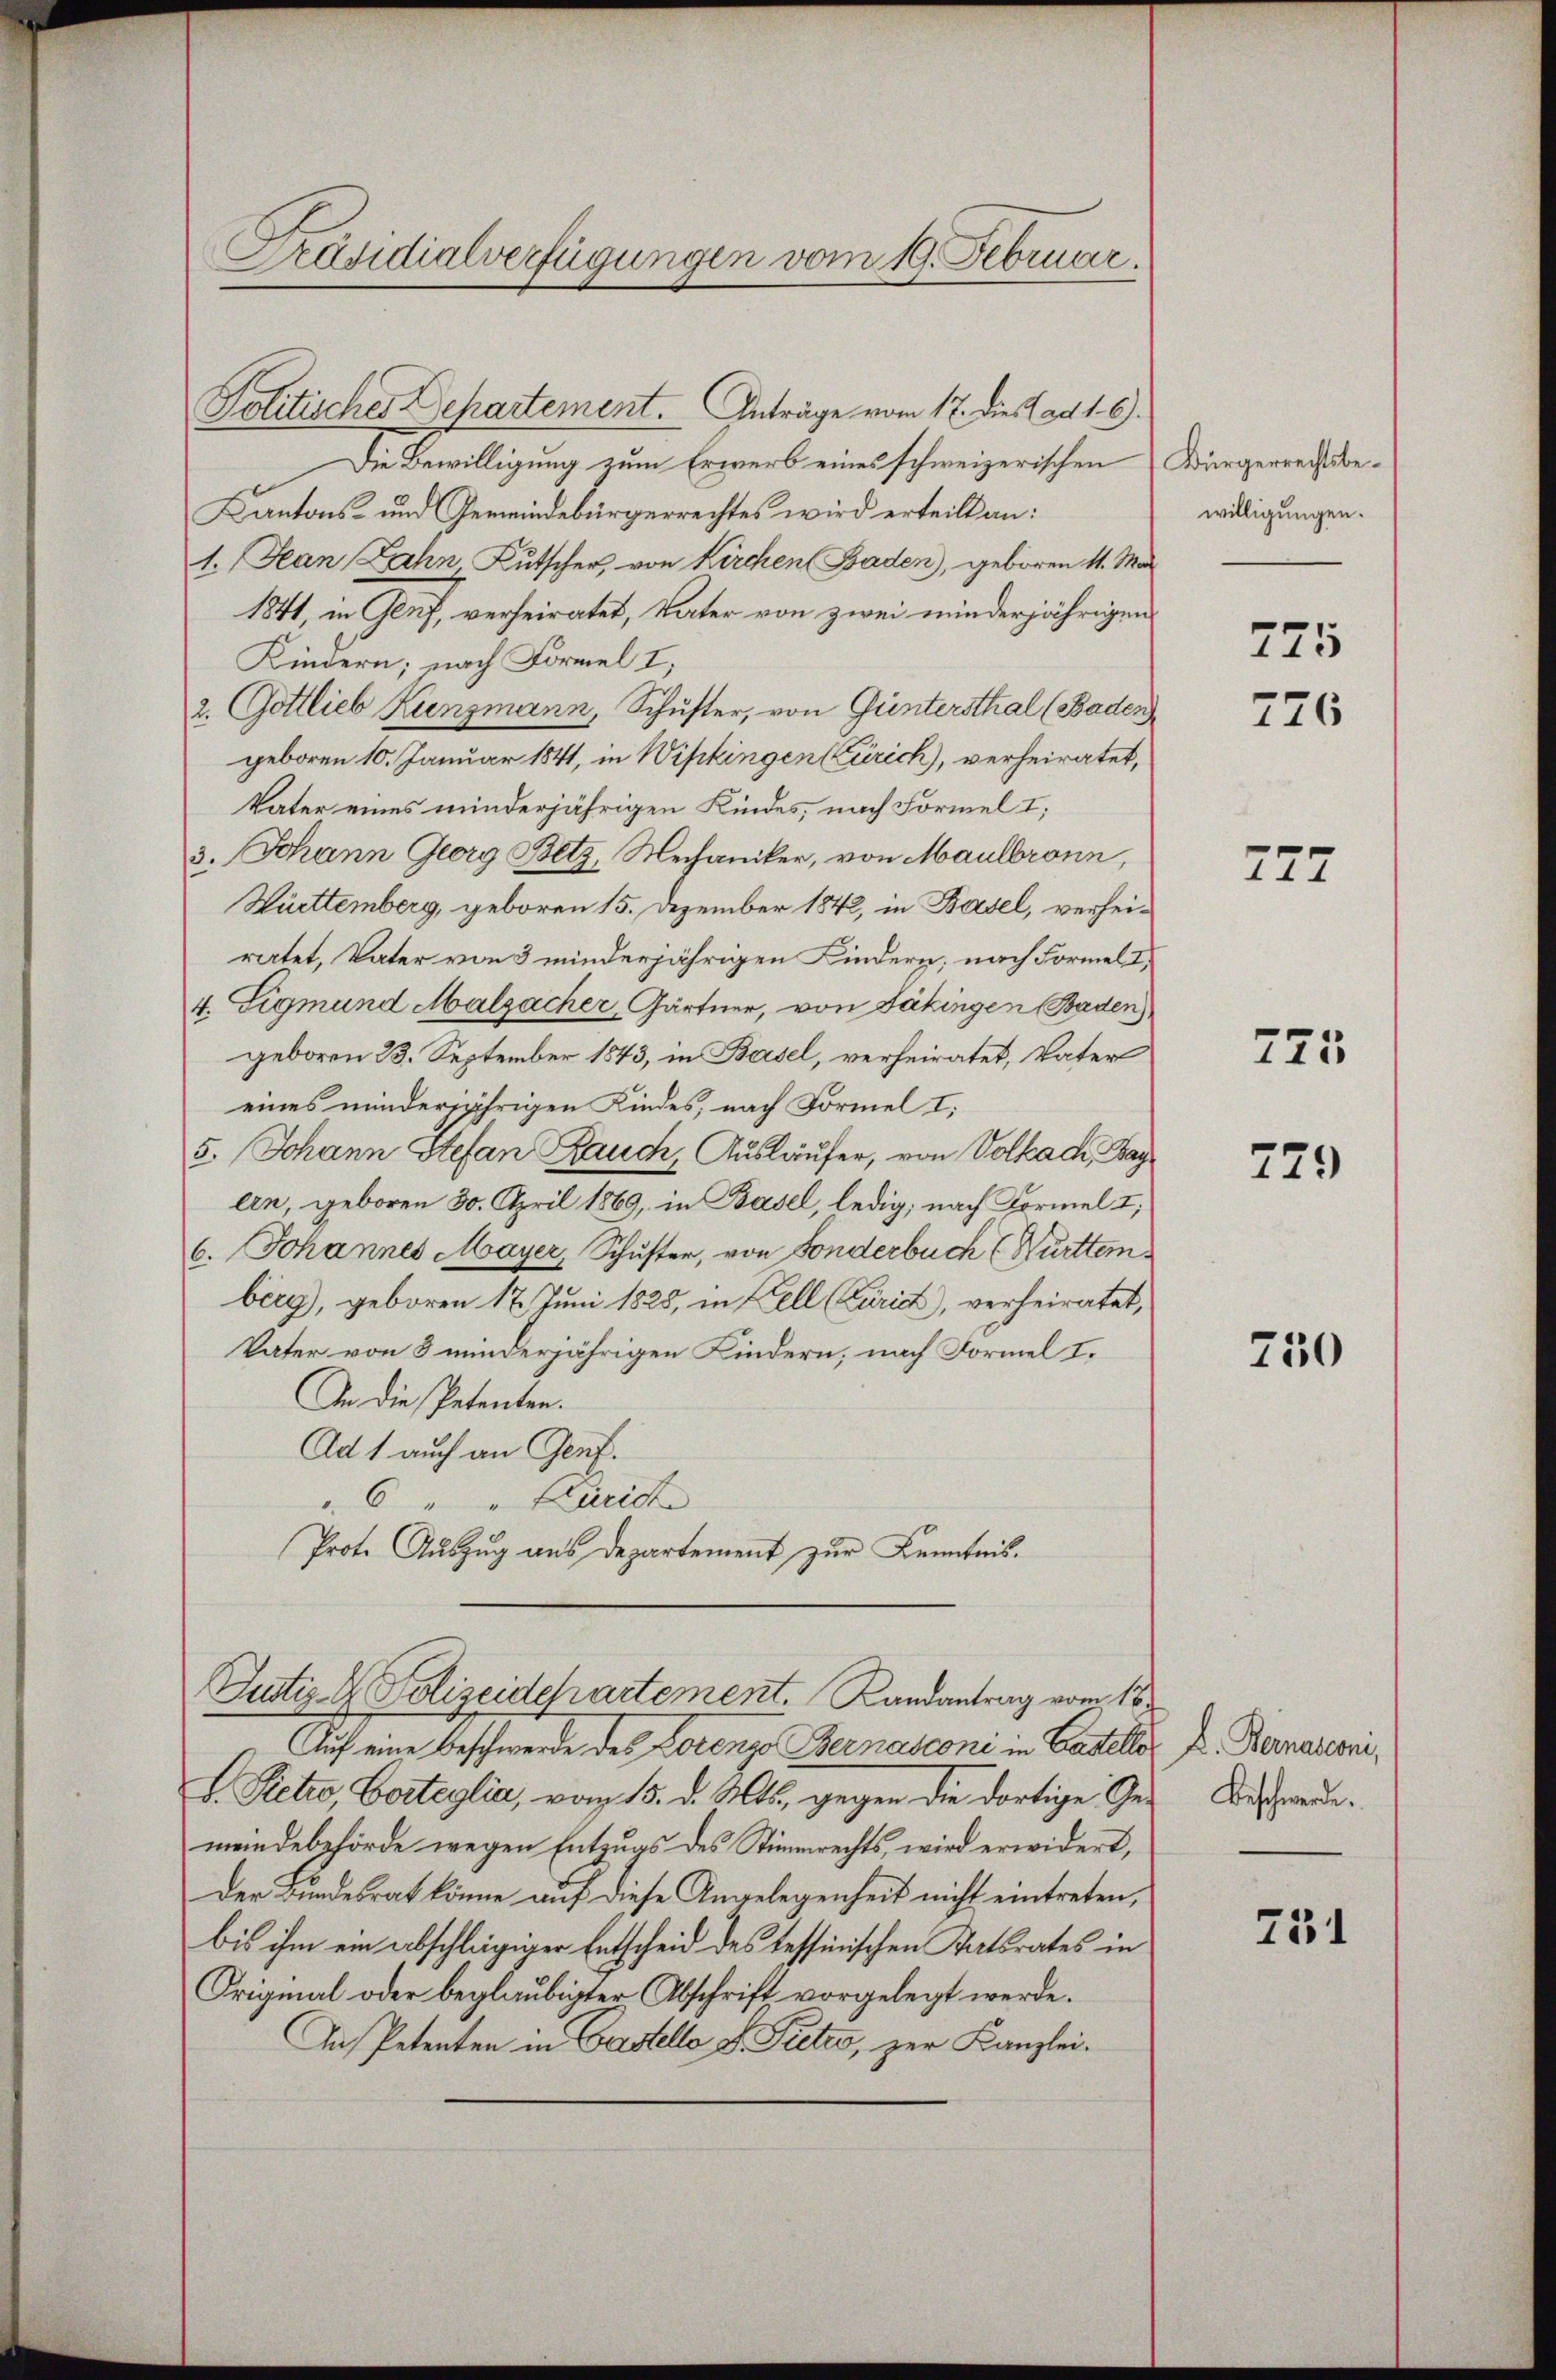
Präsidialverfügungen vom 19. Februar.

Politisches Departement. Anträge vom 17. dies ad 1. 6.
Die Bewilligung zum Erwerb eines schweizerischen Bürgerrechtsbe¬
Kantons- und Gemeindebürgerrechtes wird erteilt an:
1. Jean Jahn, Kutscher von Kirchen Baden, geboren 11. Mai
1841, in Genf, verheiratet, Vater von zwei minderjährigen
Kindern; nach Formel I,
2. Gottlieb Kunzmann, Schuster, von Guntersthal (Baden
geboren 10. Januar 1841, in Wipkingen (Zürich), verheiratet,
Vater eines minderjährigen Kindes, nach Formel I;
3. Johann Georg Betz, Mechaniker, von Maulbronn,
Württemberg, geboren 15. Dezember 1842, in Basel, verheiratet, Vater von 3 minderjährigen Kindern; nach Formel,
4. Sigmund Malzacher, Gärtner, von Jäkingen Baden)
geboren 23. September 1843, in Basel, verheiratet, Vater
eines minderjährigen Kindes, nach Formel I.
5. Johann Stefan Bauch, Ausläufer, von Volkach, Bay
ein, geboren 30. April 1869, in Basel, ledig, nach Formel I
6. Johannes Mayer, Schuster, von Fonderbuch ( Württemberg), geboren 17. Juni 1825, in Fell (Zürich, verheiratet,
Vater von 8 minderjährigen Kindern, nach Formel I.
An die Petenten.
Ad 1 auch an Genf.
6 " " Karich
Prote Auszug aus Departement zur Kenntnis.
Justiz- & Polizeidchartement. Landantrag vom 18.
Auf eine Beschwerde des Lorenzo Bernasconi in Castello
v. Rieter, Borteglia, vom 15. d. Mts. gegen die dortige Ge-
meindebehörde wegen Entzugs des Stimmrechts, wird erwidert,
Der Bundesrat könne auf diese Angelegenheit nicht eintreten,
bis ihm ein abschlägiger Entscheid des tessinischen Ratsrates in
Original oder beglaubigter Abschrift vorgelegt werde.
Auf Petenten in Castello v. Pictes, zur Kanzlei¬

willigungen.

775
776

777

775

729

750

D. Bernasconi,
Beschwerde.

751